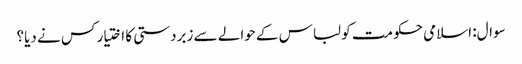
سوال: اسلامی حکومت کو لباس کے حوالے سے زبردستی کا اختیار کس نے دیا؟